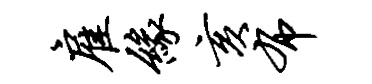
雇缘亥布